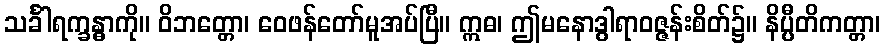
သင်္ခါရက္ခန္ဓာကို။ ဝိဘတ္တော၊ ဝေဖန်တော်မူအပ်ပြီ။ ဣဓ၊ ဤမနောဒွါရာဝဇ္ဇန်းစိတ်၌။ နိပ္ပီတိကတ္တာ၊